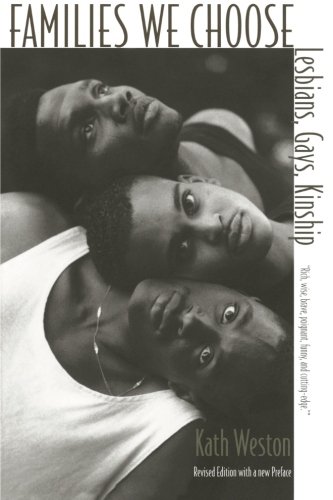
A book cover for Families We Choose:  Lesbians, Gays, Kinship; Kath Weston; Gay & Lesbian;